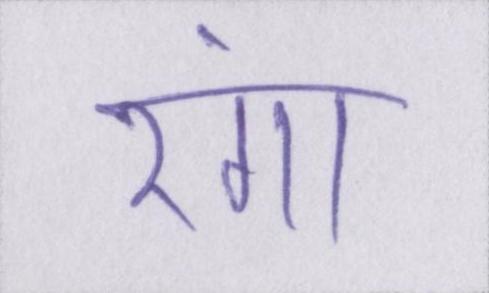
रंगा